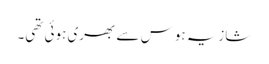
شازیہ ہوس سے بھری ہوئی تھی۔